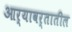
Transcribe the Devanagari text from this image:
आर्यावर्तातील